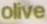
olive